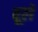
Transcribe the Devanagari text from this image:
वूले